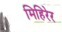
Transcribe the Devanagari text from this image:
मिहिरेर